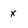
Character: x